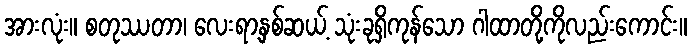
အားလုံး။ စတုဿတာ၊ လေးရာ့နှစ်ဆယ့် သုံးခုရှိကုန်သော ဂါထာတို့ကိုလည်းကောင်း။